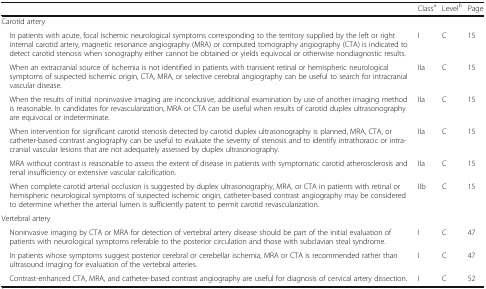
<table><thead><tr><td></td><td><b>Class<sup>a</sup></b></td><td><b>Level<sup>b</sup></b></td><td><b>Page</b></td></tr></thead><tbody><tr><td>Carotid artery</td><td></td><td></td><td></td></tr><tr><td> In patients with acute, focal ischemic neurological symptoms corresponding to the territory supplied by the left or right internal carotid artery, magnetic resonance angiography (MRA) or computed tomography angiography (CTA) is indicated to detect carotid stenosis when sonography either cannot be obtained or yields equivocal or otherwise nondiagnostic results.</td><td>I</td><td>C</td><td>15</td></tr><tr><td> When an extracranial source of ischemia is not identified in patients with transient retinal or hemispheric neurological symptoms of suspected ischemic origin, CTA, MRA, or selective cerebral angiography can be useful to search for intracranial vascular disease.</td><td>IIa</td><td>C</td><td>15</td></tr><tr><td> When the results of initial noninvasive imaging are inconclusive, additional examination by use of another imaging method is reasonable. In candidates for revascularization, MRA or CTA can be useful when results of carotid duplex ultrasonography are equivocal or indeterminate.</td><td>IIa</td><td>C</td><td>15</td></tr><tr><td> When intervention for significant carotid stenosis detected by carotid duplex ultrasonography is planned, MRA, CTA, or catheter-based contrast angiography can be useful to evaluate the severity of stenosis and to identify intrathoracic or intracranial vascular lesions that are not adequately assessed by duplex ultrasonography.</td><td>IIa</td><td>C</td><td>15</td></tr><tr><td> MRA without contrast is reasonable to assess the extent of disease in patients with symptomatic carotid atherosclerosis and renal insufficiency or extensive vascular calcification.</td><td>IIa</td><td>C</td><td>15</td></tr><tr><td> When complete carotid arterial occlusion is suggested by duplex ultrasonography, MRA, or CTA in patients with retinal or hemispheric neurological symptoms of suspected ischemic origin, catheter-based contrast angiography may be considered to determine whether the arterial lumen is sufficiently patent to permit carotid revascularization.</td><td>IIb</td><td>C</td><td>15</td></tr><tr><td>Vertebral artery</td><td></td><td></td><td></td></tr><tr><td> Noninvasive imaging by CTA or MRA for detection of vertebral artery disease should be part of the initial evaluation of patients with neurological symptoms referable to the posterior circulation and those with subclavian steal syndrome.</td><td>I</td><td>C</td><td>47</td></tr><tr><td> In patients whose symptoms suggest posterior cerebral or cerebellar ischemia, MRA or CTA is recommended rather than ultrasound imaging for evaluation of the vertebral arteries.</td><td>I</td><td>C</td><td>47</td></tr><tr><td> Contrast-enhanced CTA, MRA, and catheter-based contrast angiography are useful for diagnosis of cervical artery dissection.</td><td>I</td><td>C</td><td>52</td></tr></tbody></table>